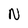
Character: N